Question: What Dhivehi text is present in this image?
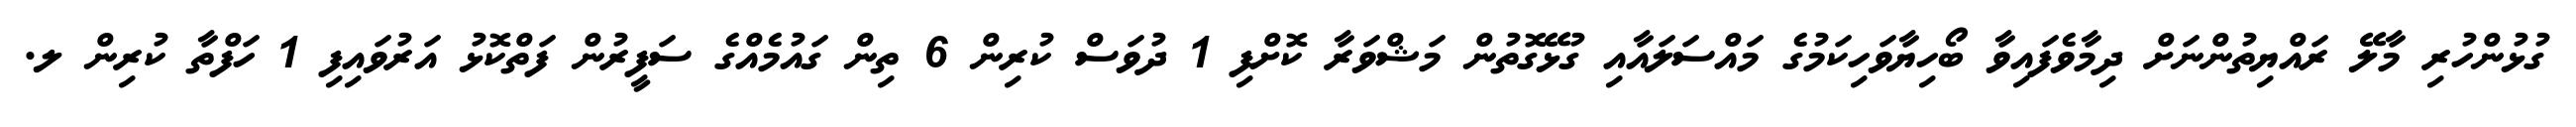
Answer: ގުޅުންހުރި މާލޭ ރައްޔިތުންނަށް ދިމާވެފައިވާ ބޯހިޔާވަހިކަމުގެ މައްސަލައާއި ގުޅޭގޮތުން މަޝްވަރާ ކޮށްފި 1 ދުވަސް ކުރިން 6 ތިން ގައުމެއްގެ ސަފީރުން ފަތްކޮޅު އަރުވައިފި 1 ހަފްތާ ކުރިން ލ.